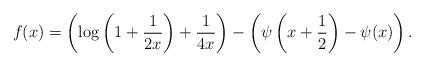
LaTeX: \begin{align*}f(x) = \left(\log\left(1+\frac{1}{2x}\right) + \frac{1}{4x}\right) - \left(\psi\left(x+\frac12\right)-\psi(x)\right).\end{align*}